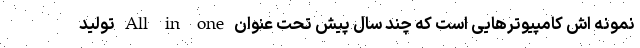
نمونه اش کامپیوتر‌هایی است که چند سال پیش تحت عنوان All in one تولید